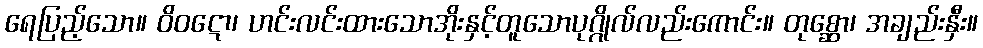
ရေပြည့်သော။ ဝိဝဋော၊ ဟင်းလင်းထားသောအိုးနှင့်တူသောပုဂ္ဂိုလ်လည်းကောင်း။ တုစ္ဆော၊ အချည်းနှီး။